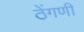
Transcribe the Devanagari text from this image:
ठेंगणी